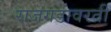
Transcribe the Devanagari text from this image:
राजगडावरती